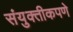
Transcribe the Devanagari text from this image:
संयुक्तीकपणे